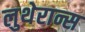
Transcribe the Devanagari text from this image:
लुथेरान्स